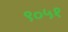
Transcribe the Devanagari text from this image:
९०५१